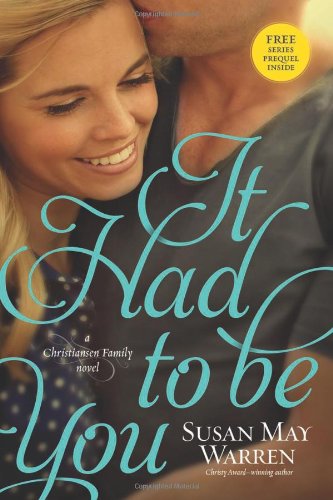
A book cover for It Had to Be You (Christiansen Family); Susan May Warren; Romance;